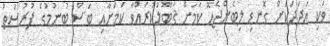
ވަކި އަދަދަކަށް ގޮނޑި ލިބެންޖެހޭ ކަމަށް ޤަބޫލުކުރައްވާ ކަމަށާއި ބަސް ބުނުމުގެ ފުރުސަތު